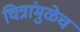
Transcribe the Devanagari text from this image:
चित्रांमुळेच